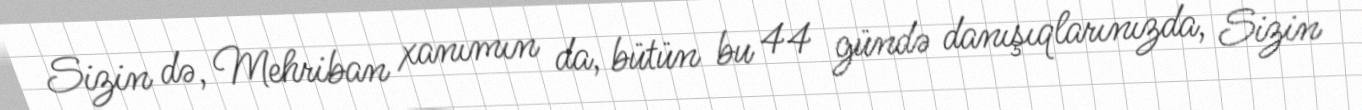
Sizin də, Mehriban xanımın da, bütün bu 44 gündə danışıqlarınızda, Sizin